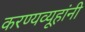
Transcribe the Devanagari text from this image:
करण्यव्यूहांनी